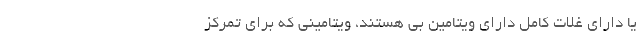
یا دارای غلات کامل دارای ویتامین بی هستند، ویتامینی که برای تمرکز